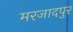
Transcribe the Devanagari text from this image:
मरजादपुर